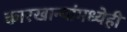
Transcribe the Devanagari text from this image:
कारखान्यांमध्येही